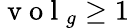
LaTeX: \mathrm{~v~o~l~}_{g}\ge 1